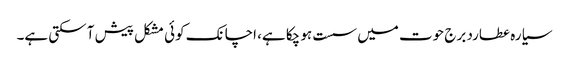
سیارہ عطارد برج حوت میں سست ہو چکا ہے، اچانک کوئی مشکل پیش آ سکتی ہے۔